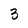
Character: 3